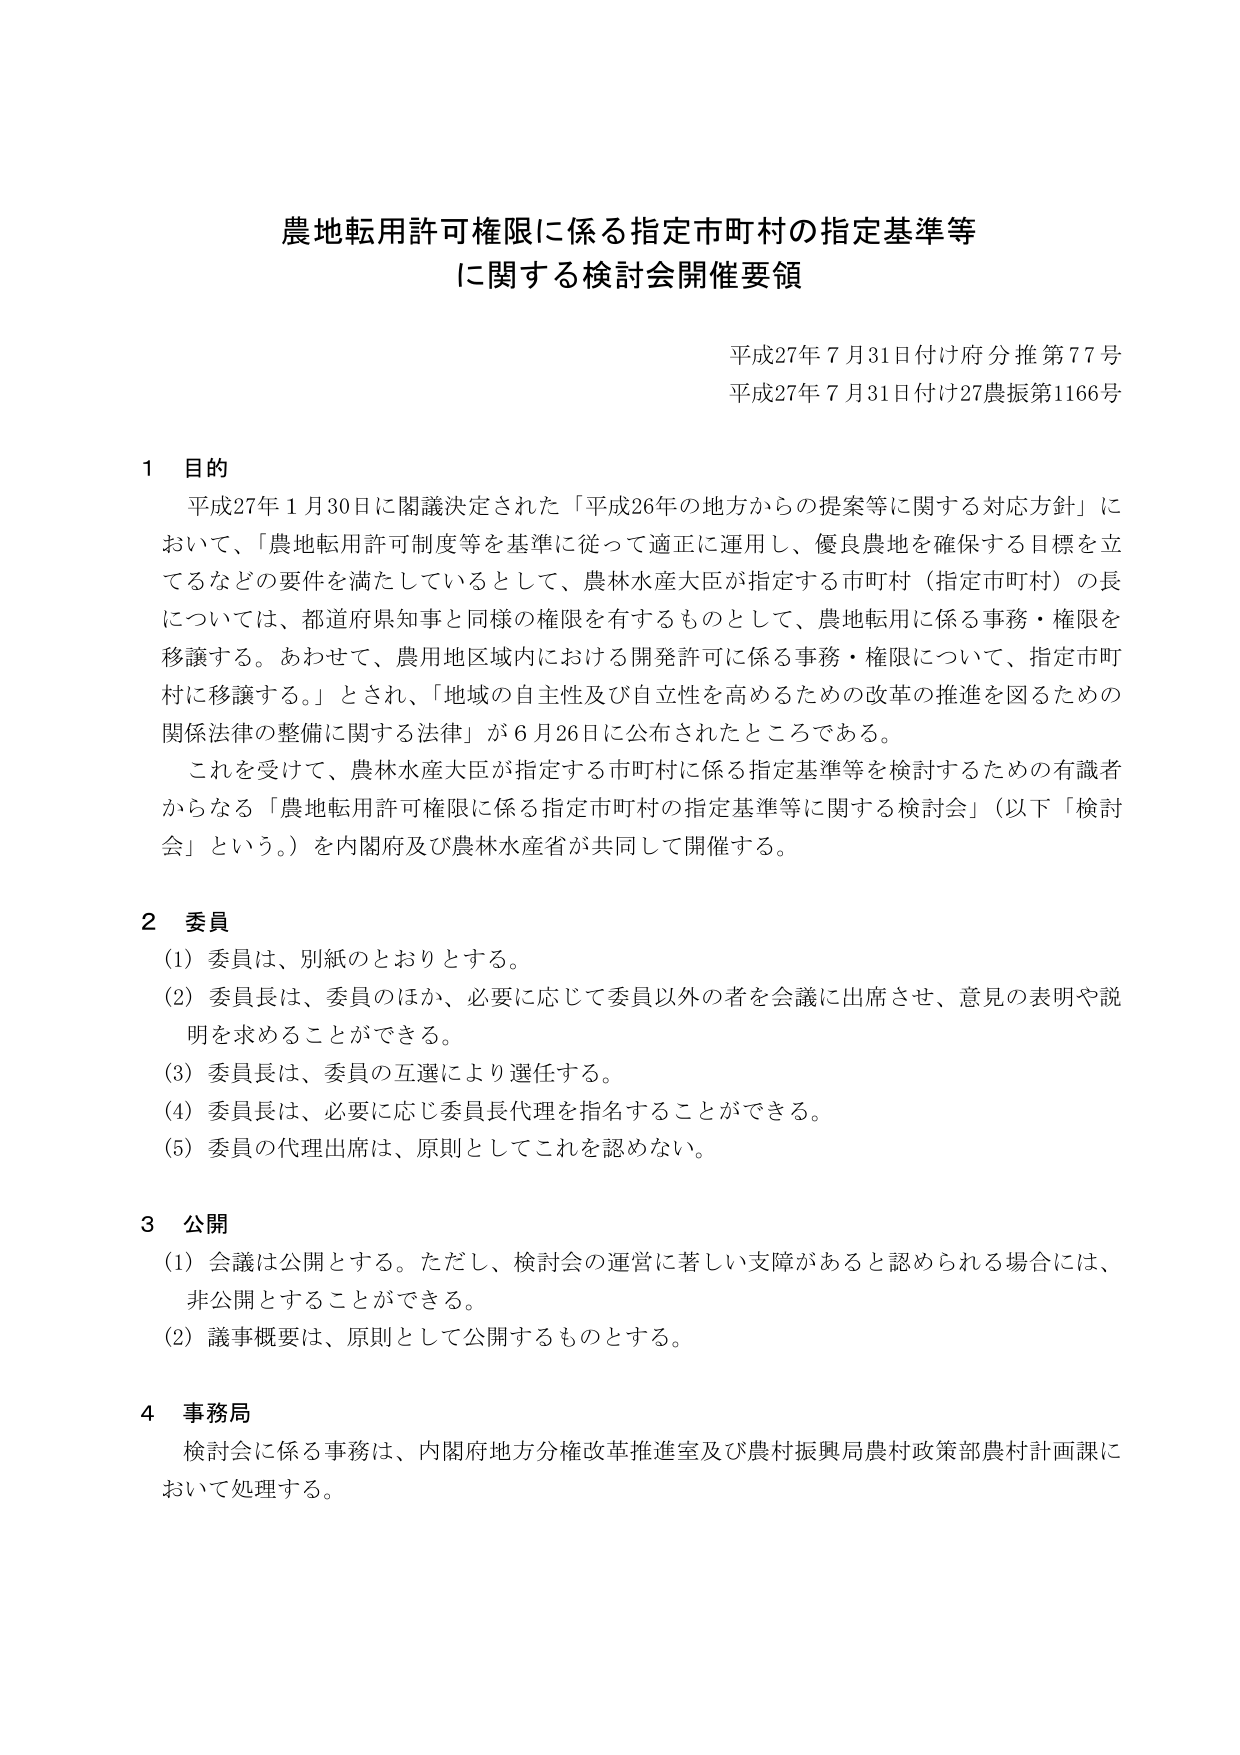
農地転用許可権限に係る指定市町村の指定基準等
に関する検討会開催要領

平成27年7月31日付け府分推第77号
平成27年7月31日付け27農振第1166号

1 目的
平成27年1月30日に閣議決定された「平成26年の地方からの提案等に関する対応方針」に
おいて、「農地転用許可制度等を基準に従って適正に運用し、優良農地を確保する目標を立
てるなどの要件を満たしているとして、農林水産大臣が指定する市町村（指定市町村）の長
については、都道府県知事と同様の権限を有するものとして、農地転用に係る事務・権限を
移譲する。あわせて、農用地区域内における開発許可に係る事務・権限について、指定市町
村に移譲する。」とされ、「地域の自主性及び自立性を高めるための改革の推進を図るための
関係法律の整備に関する法律」が6月26日に公布されたところである。
これを受けて、農林水産大臣が指定する市町村に係る指定基準等を検討するための有識者
からなる「農地転用許可権限に係る指定市町村の指定基準等に関する検討会」（以下「検討
会」という。）を内閣府及び農林水産省が共同して開催する。

2 委員
(1) 委員は、別紙のとおりとする。
(2) 委員長は、委員のほか、必要に応じて委員以外の者を会議に出席させ、意見の表明や説
明を求めることができる。
(3) 委員長は、委員の互選により選任する。
(4) 委員長は、必要に応じ委員長代理を指名することができる。
(5) 委員の代理出席は、原則としてこれを認めない。

3 公開
(1) 会議は公開とする。ただし、検討会の運営に著しい支障があると認められる場合には、
非公開とすることができる。
(2) 議事概要は、原則として公開するものとする。

4 事務局
検討会に係る事務は、内閣府地方分権改革推進室及び農村振興局農村政策部農村計画課に
おいて処理する。